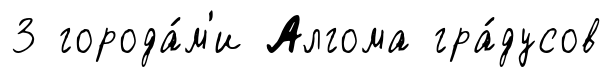
3 города́м'и Алгома гра́дусов